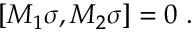
\lbrack M _ { 1 } \sigma , M _ { 2 } \sigma ] = 0 \, \, .